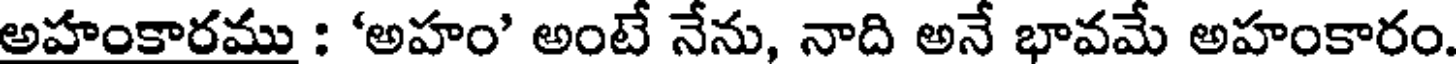
అహంకారము : 'అహం' అంటే నేను, నాది అనే భావమే అహంకారం